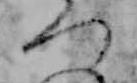
つ